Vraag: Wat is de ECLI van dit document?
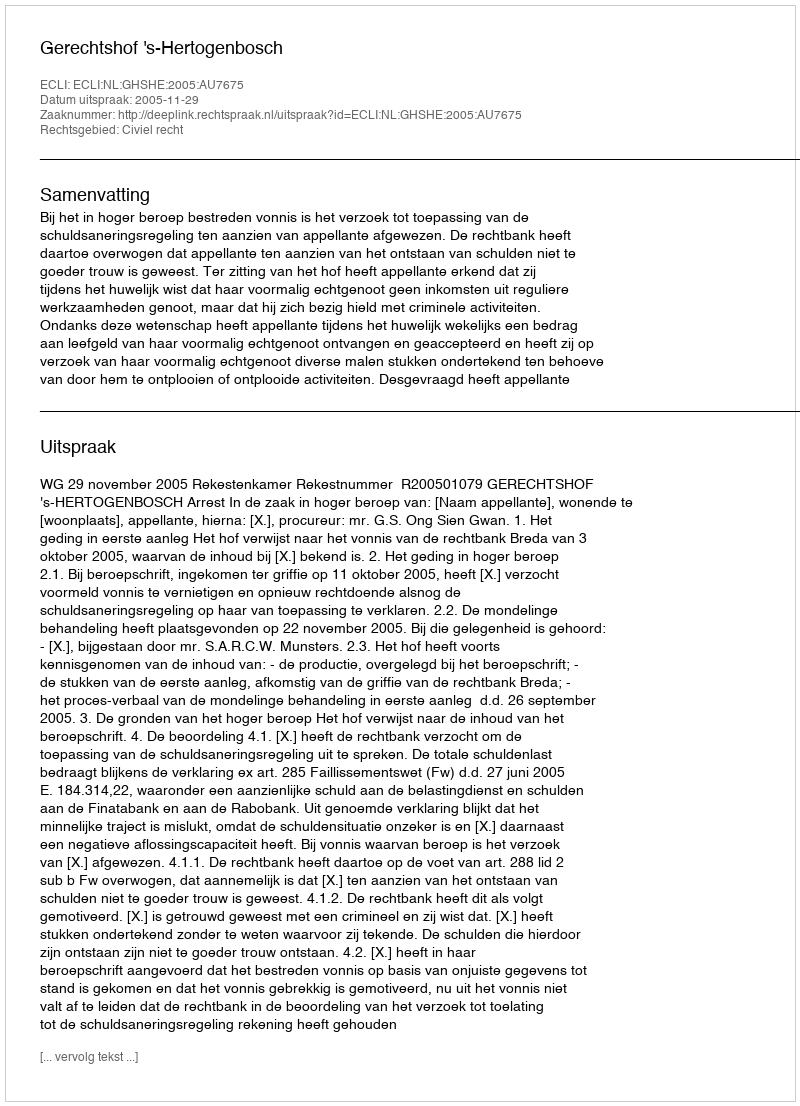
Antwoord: ECLI:NL:GHSHE:2005:AU7675